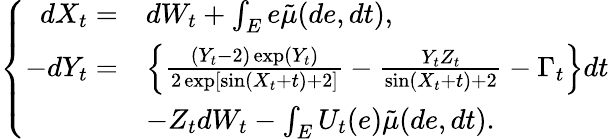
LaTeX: \begin{array}{r}{\left\{ \begin{array}{rl}{dX_{t}=}&{dW_{t}+\int_{E}e\tilde{\mu}(de,dt),}\\ {-dY_{t}=}&{\left\{ \frac{(Y_{t}-2)\exp(Y_{t})}{2\exp[\sin(X_{t}+t)+2]}-\frac{Y_{t}Z_{t}}{\sin(X_{t}+t)+2}-\Gamma_{t}\right\} dt}\\ &{-Z_{t}dW_{t}-\int_{E}U_{t}(e)\tilde{\mu}(de,dt).}\end{array}\right.}\end{array}